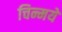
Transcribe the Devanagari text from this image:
चिन्मये